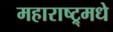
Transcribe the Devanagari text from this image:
महाराष्ट्र्मधे